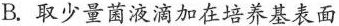
B.取少量菌液滴加在培养基表面